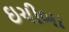
ઇચીબા